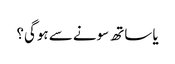
یا ساتھ سونے سے ہوگی؟